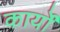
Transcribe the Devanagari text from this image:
कार्योंं